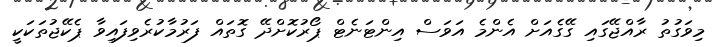
މިވަގުތު ރާއްޖޭގައި ގޭގެއަށް އެންމެ އަވަސް އިންޓަނެޓް ޕޯރުކޮށްދޭ ގޮތައް ފަރުމާކުރެވިފައިވާ ޕެކޭޖުތަކަކީ